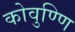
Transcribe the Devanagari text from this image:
कोवुण्णि